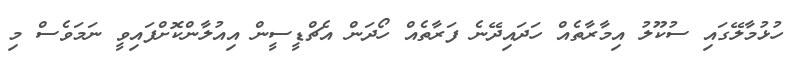
ހުޅުމާލޭގައި ސުކޫލު އިމާރާތެއް ހަދައިދޭނެ ފަރާތެއް ހޯދަން އެޗްޑީސީން އިއުލާންކޮށްފައިވީ ނަމަވެސް މި